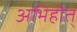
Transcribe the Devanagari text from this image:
अभिहीत्